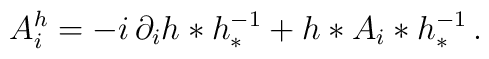
A^h_i = - i \, \partial_i h * h_*^{-1} +   h * A_i * h_*^{-1} \,.